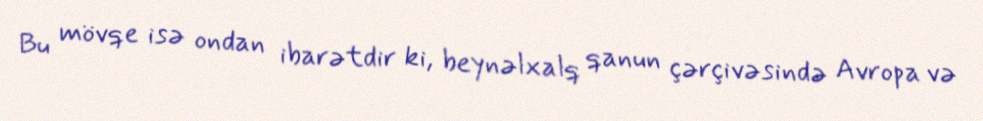
Bu mövqe isə ondan ibarətdir ki, beynəlxalq qanun çərçivəsində Avropa və